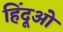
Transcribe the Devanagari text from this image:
हिंदूओ